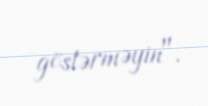
göstərməyin".